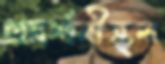
প্রদর্শনীস্থল